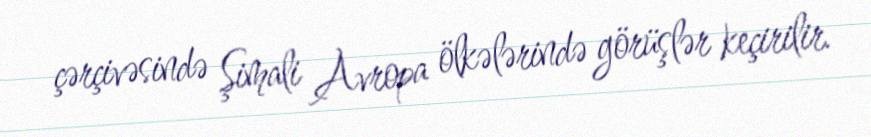
çərçivəsində Şimali Avropa ölkələrində görüşlər keçirilir.